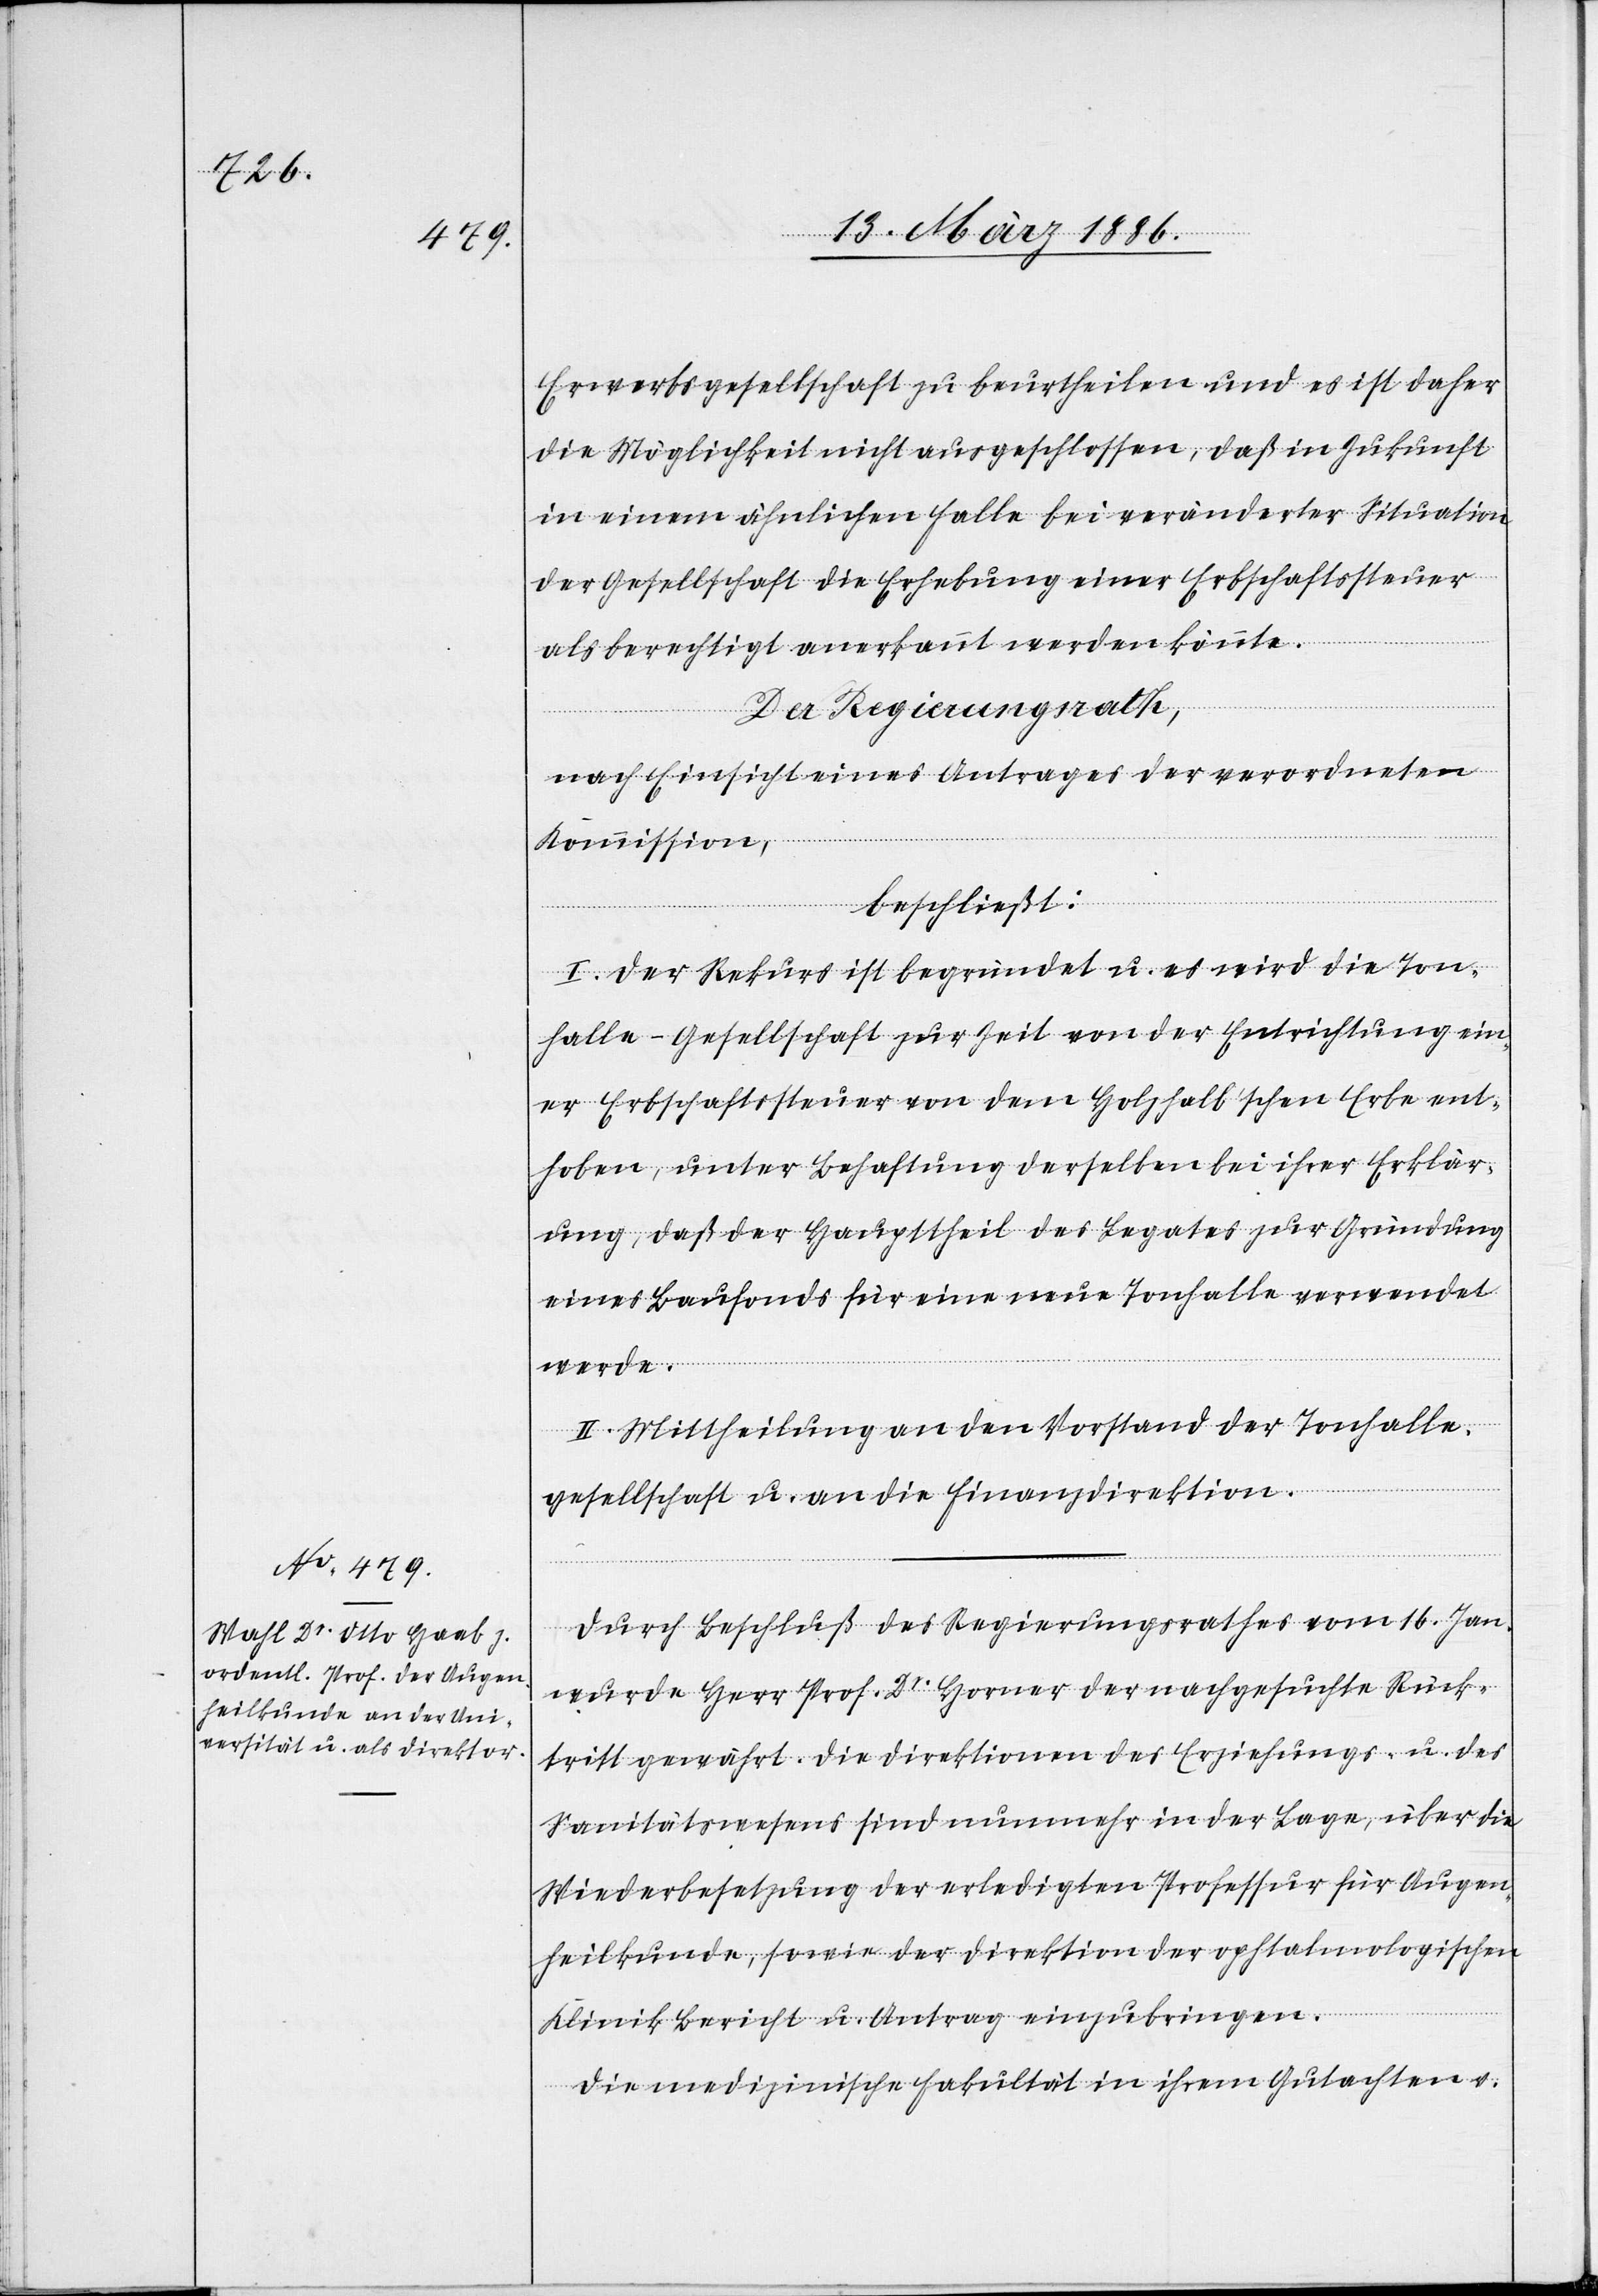
Erwerbsgesellschaft zu beurtheilen und es ist daher
die Möglichkeit nicht ausgeschlossen, daß in Zukunft
in einem ähnlichen Falle bei veränderter Situation
der Gesellschaft die Erhebung einer Erbschaftssteuer
als berechtigt anerkannt werden könnte.
Der Regierungsrath,
nach Einsicht eines Antrages der verordneten
Kommission,
beschließt:
I. Der Rekurs ist begründet u. es wird die Ton¬
halle-Gesellschaft zur Zeit von der Entrichtung ein¬
er Erbschaftssteuer von dem Holzhalb’schen Erbe ent¬
hoben, unter Behaftung derselben bei ihrer Erklär¬
ung, daß der Haupttheil des Legates zur Gründung
eines Baufondes für eine neue Tonhalle verwendet
werde.
II. Mittheilung an den Vorstand der Tonhalle¬
gesellschaft u. an die Finanzdirektion.
Durch Beschluß des Regierungsrathes vom 16. Jan.
wurde Herr Prof. Dr. Horner der nachgesuchte Rück¬
tritt gewährt. Die Direktionen des Erziehungs- u. des
Sanitätswesens sind nunmehr in der Lage, über die
Wiederbesetzung der erledigten Professur für Augen¬
heilkunde, sowie der Direktion der ophtalmologischen
Klinik Bericht u. Antrag einzubringen.
Die medizinische Fakultät in ihrem Gutachten v.